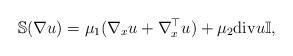
LaTeX: \begin{align*}\mathbb{S}(\nabla u)=\mu_1(\nabla_x u+\nabla_x^\top u)+\mu_2{\rm{div}}u\mathbb{I},\end{align*}